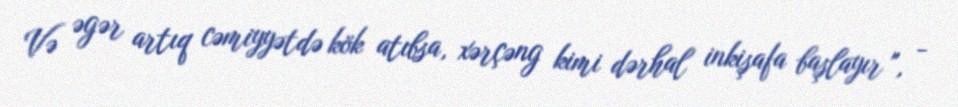
Və əgər artıq cəmiyyətdə kök atıbsa, xərçəng kimi dərhal inkişafa başlayır ", -